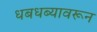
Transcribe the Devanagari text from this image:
धबधब्यावरून